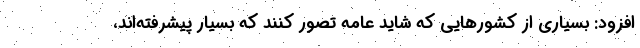
افزود: بسیاری از کشورهایی که شاید عامه تصور کنند که بسیار پیشرفته‌اند،